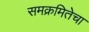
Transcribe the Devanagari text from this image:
समक्रमितेचा